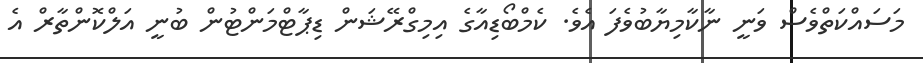
މަސައްކަތްވެސް ވަނީ ނާކާމިޔާބުވެފަ އެވެ. ކެމްބޯޑިއާގެ އިމިގްރޭޝަން ޑިޕާޓްމަންޓުން ބުނީ އަލްކޮންތާރް އެ